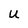
Character: U